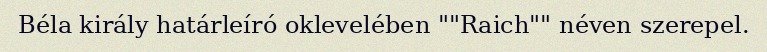
Béla király határleíró oklevelében ""Raich"" néven szerepel.